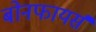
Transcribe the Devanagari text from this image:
बोनफायर्स